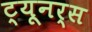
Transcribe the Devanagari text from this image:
ट्यूनर्स